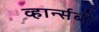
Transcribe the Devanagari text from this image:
व्हार्न्सबी